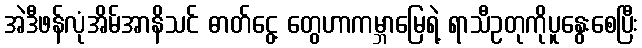
အဲဒီဖန်လုံအိမ်အာနိသင် ဓာတ်ငွေ့ တွေဟာကမ္ဘာမြေရဲ့ ရာသီဥတုကိုပူနွေးစေပြီး